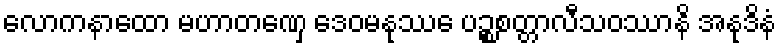
လောကနာထော မဟာတဏှေ ဒေဝမနုဿေ ပဉ္စစတ္တာလီသဝဿာနိ အနုဒိနံ